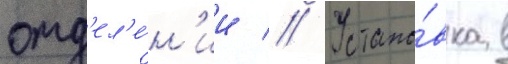
отд'ел'е́н'ии // Устано́вка в